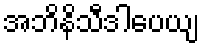
အဘိနိသီဒါပေယျ